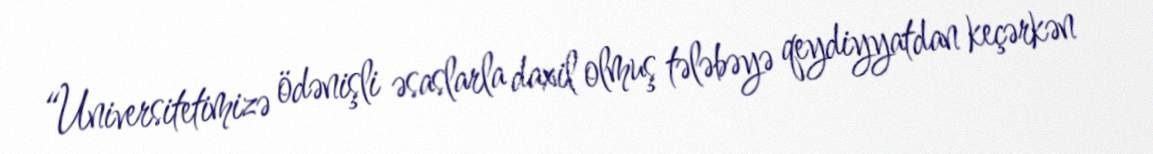
“Universitetimizə ödənişli əsaslarla daxil olmuş tələbəyə qeydiyyatdan keçərkən